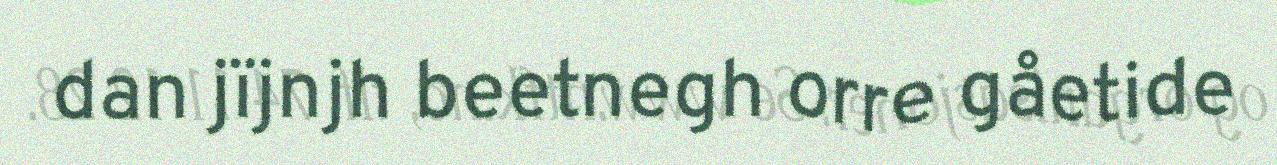
dan jïjnjh beetnegh orre gåetide